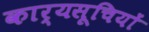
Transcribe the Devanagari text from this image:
कार्यसूचियों